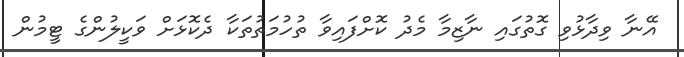
އޭނާ ވިދާޅުވި ގޮތުގައި ނާޒިމާ މެދު ކޮށްފައިވާ ތުހުމަތުތަކާ ދެކޮޅަށް ވަކީލުންގެ ޓީމުން